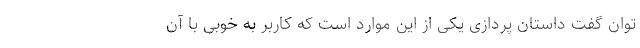
توان گفت داستان پردازی یکی از این موارد است که کاربر به خوبی با آن